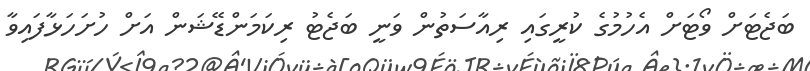
ބަޖެޓަށް ވޯޓަށް އެހުމުގެ ކުރީގައި ރިއާސަތުން ވަނީ ބަޖެޓު ރިކަމަންޑޭޝަން އަށް ހުށަހަޅާފައިވާ